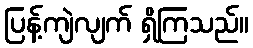
ပြန့်ကျဲလျက် ရှိကြသည်။